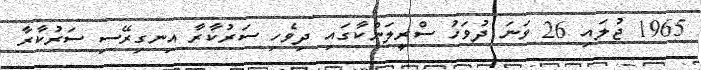
1965 ޖުލައި 26 ވަނަ ދުވަހު ސްރީލަންކާގައި ދިވެހި ސަރުކާރާ އިނގިރޭސި ސަރުކާރާ